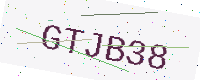
Text: GTJB38